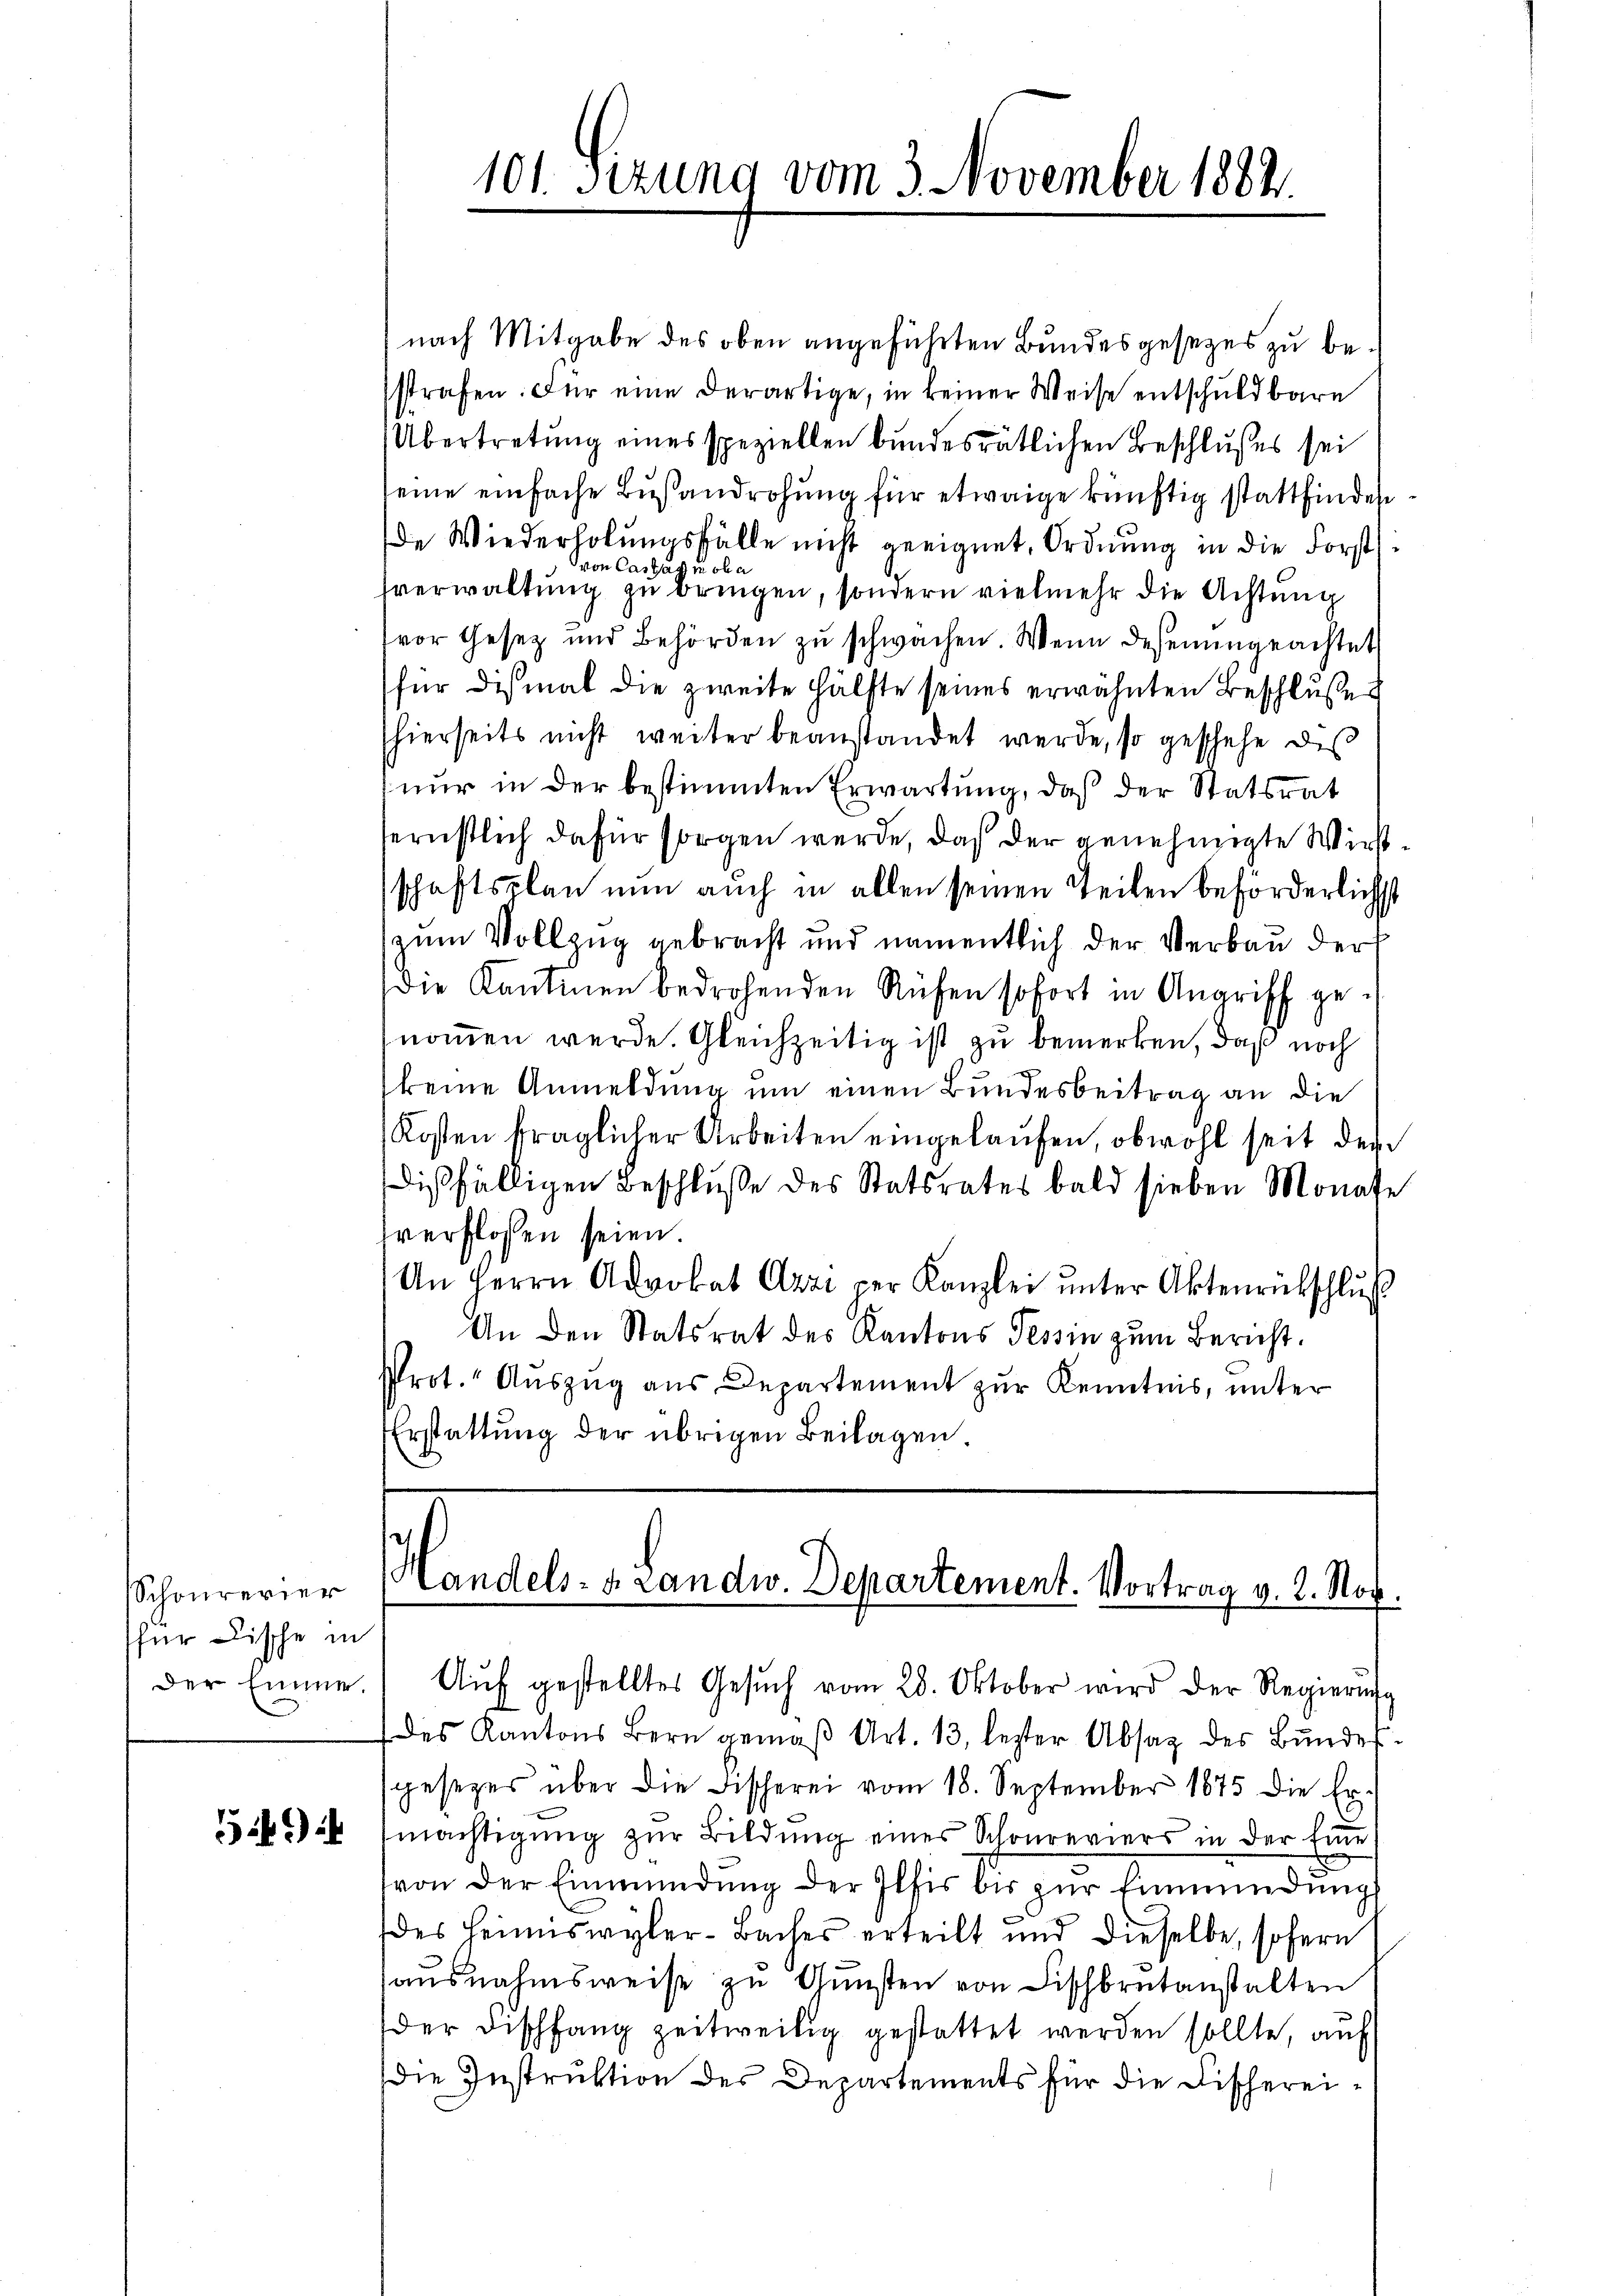
Schourevier
für Dische in
der Emme.

5

101. Sizung vom 3. November 1882.

nach Mitgabe des oben angeführten Bundesgesezes zu besstrafen. Für eine derartige, in keiner Weise entschuldbare
Übertretung eines speziellen bundesrätlichen Beschlusses sei
seine einfache Busandrohung für etwaige künftig stattfindes
de Wiederholungsfälle nicht geeignet, Ordnung in die Forstvon Castag moha
sverwaltung zu bringen, sondern vielmehr die Achtung
vor Gesetz und Behörden zŭ schwachen. Wenn dessenungeachtet
für diesmal die zweite Hälfte seines erwähnten Beschlŭβe
hierseits nicht weiter beanstandet werde, so geschehe des
nur in der bestimmten Erwartung, daß der Statsrat
ternstlich dafür sorgen werde, daß der genehmigte Wirstschaftsplan nun auch in allen seinen Teilen beförderlichst
zum Vollzug gebracht und namentlich der Verbau der
die Kantonen bedrohenden Rüfen sofort in Angriff genommen werde. Gleichzeitig ist zu bemerken, daß noch
keine Anmeldung um einen Bundesbeitrag an die
Kosten fraglicher Arbeiten eingelaufen, obwohl seit der
dißfälligen Beschlusse des Statsrates bald sieben Monate
verflossen seien
An Herrn Advokat Azzi per Kanzlei ŭnter Aktenrückschlŭβ
An den Statsrat des Kantons Tessin zum Bericht.
Prot." Auszug aus Departement zur Kenntnis, unter
Erstattung der übrigen Beilagen

Handels- u. Landw. Departement. Vortrag v. 2. Nov.

Aŭf gestelltes Gesŭch vom 28. Oktober wird der Regierŭng
des Kantons Bern gemäβ Art. 13, lezter Absag des Bundessgesezes über die Fischerei vom 18. September 1875 die Ermächtigŭng zŭr Bildung eines Schönreviers in der Eine
von der Einmündung der Ilfis bis zur Einmündung
des Heimswyler-Baches erteilt und dieselbe, sofern
aŭsnahmsweise zŭ Gŭnsten von Fischbrŭtanstalten
der Dischfang zeitweilig gestattet werden sollte, auf
Die Instruktion des Departements für die Fischerei¬